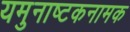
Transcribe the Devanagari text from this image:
यमुनाष्टकनामक